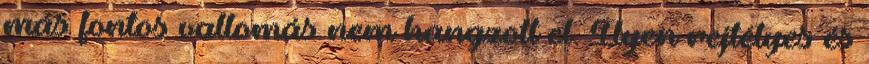
más fontos vallomás nem hangzott el. Ilyen rejtélyes és